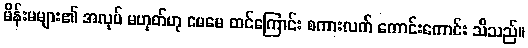
မိန်းမများ၏ အလုပ် မဟုတ်ဟု မေမေ ထင်ကြောင်း စကားလက် ကောင်းကောင်း သိသည်။